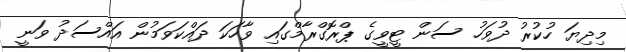
މިދިޔަ ހުކުރު ދުވަހު ސަން ޓީވީގެ ޕްރޮގްރާމްގައި ވާހަކަ ދައްކަވަމުން އައްސަދު ވަނީ